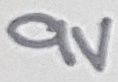
Text: 9V